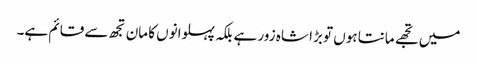
میں تجھے مانتا ہوں تو بڑا شاہ زور ہے بلکہ پہلوانوں کا مان تجھ سے قائم ہے۔